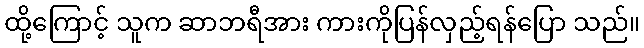
ထို့ကြောင့် သူက ဆာဘရီအား ကားကိုပြန်လှည့်ရန်ပြော သည်။